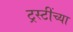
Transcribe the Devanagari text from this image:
ट्रस्टींच्या